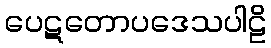
ပေဋတောပဒေသပါဠိ